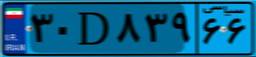
۳۰D۸۳۹۶۶